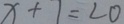
x + 1 = 2 0